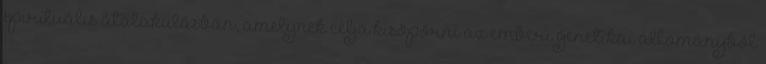
spirituális átalakulásban, amelynek célja kisöpörni az emberi genetikai állományból